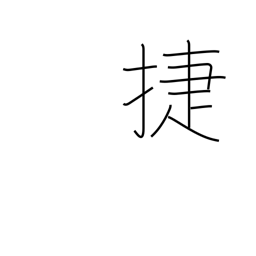
Meaning: fast